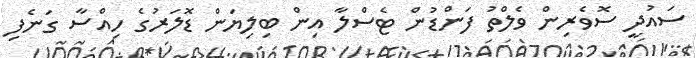
ސައުދީ ސޮވެރިން ވެލްތު ފަންޑުން ޓެސްލާ އިން ބިލިޔަން ޑޮލަރުގެ ހިއްސާ ގަނެފި